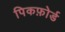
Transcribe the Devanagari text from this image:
पिकफ़ोर्ड